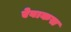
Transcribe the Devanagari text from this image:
ऐबाकस